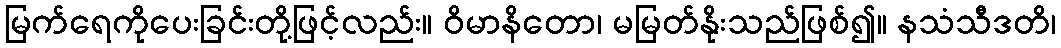
မြက်ရေကိုပေးခြင်းတို့ဖြင့်လည်း။ ဝိမာနိတော၊ မမြတ်နိုးသည်ဖြစ်၍။ နသံသီဒတိ၊